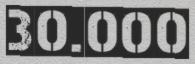
30.000